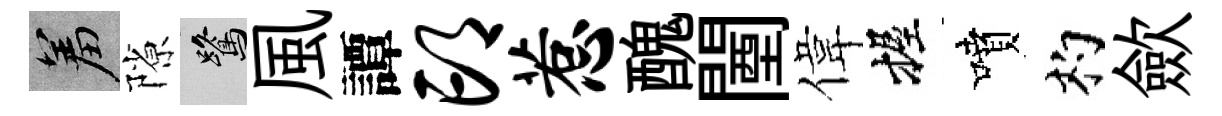
羞隙鷺風譚邙惹醜闉偉握噴杓歛